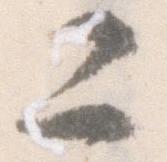
二